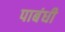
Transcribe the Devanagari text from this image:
पाबंधी